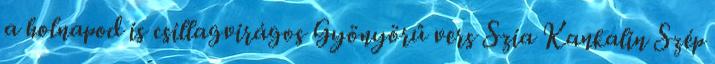
a holnapod is csillagvirágos Gyönyörű vers Szia Kankalin Szép